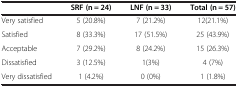
<table><thead><tr><td><b> </b></td><td><b>SRF (n = 24)</b></td><td><b>LNF (n = 33)</b></td><td><b>Total (n = 57)</b></td></tr></thead><tbody><tr><td>Very satisfied</td><td>5 (20.8%)</td><td>7 (21.2%)</td><td>12(21.1%)</td></tr><tr><td>Satisfied</td><td>8 (33.3%)</td><td>17 (51.5%)</td><td>25 (43.9%)</td></tr><tr><td>Acceptable</td><td>7 (29.2%)</td><td>8 (24.2%)</td><td>15 (26.3%)</td></tr><tr><td>Dissatisfied</td><td>3 (12.5%)</td><td>1(3%)</td><td>4 (7%)</td></tr><tr><td>Very dissatisfied</td><td>1 (4.2%)</td><td>0 (0%)</td><td>1 (1.8%)</td></tr></tbody></table>